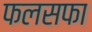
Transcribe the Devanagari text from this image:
फलसफा